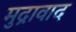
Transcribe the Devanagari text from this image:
मुद्रावाद